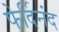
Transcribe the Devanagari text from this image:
फेर्दिनंद